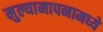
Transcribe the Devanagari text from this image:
मुल्यामापनामध्ये